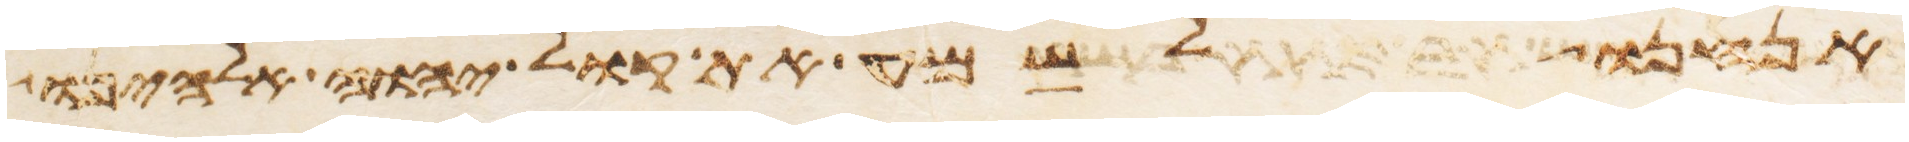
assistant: אנחנו לשמע את קול יהוה אלהינו